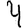
Digit: 4